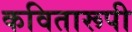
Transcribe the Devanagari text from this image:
कवितारूपी